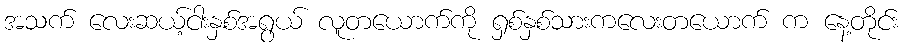
အသက် လေးဆယ့်ငါးနှစ်အရွယ် လူတယောက်ကို ရှစ်နှစ်သားကလေးတယောက် က နေ့တိုင်း